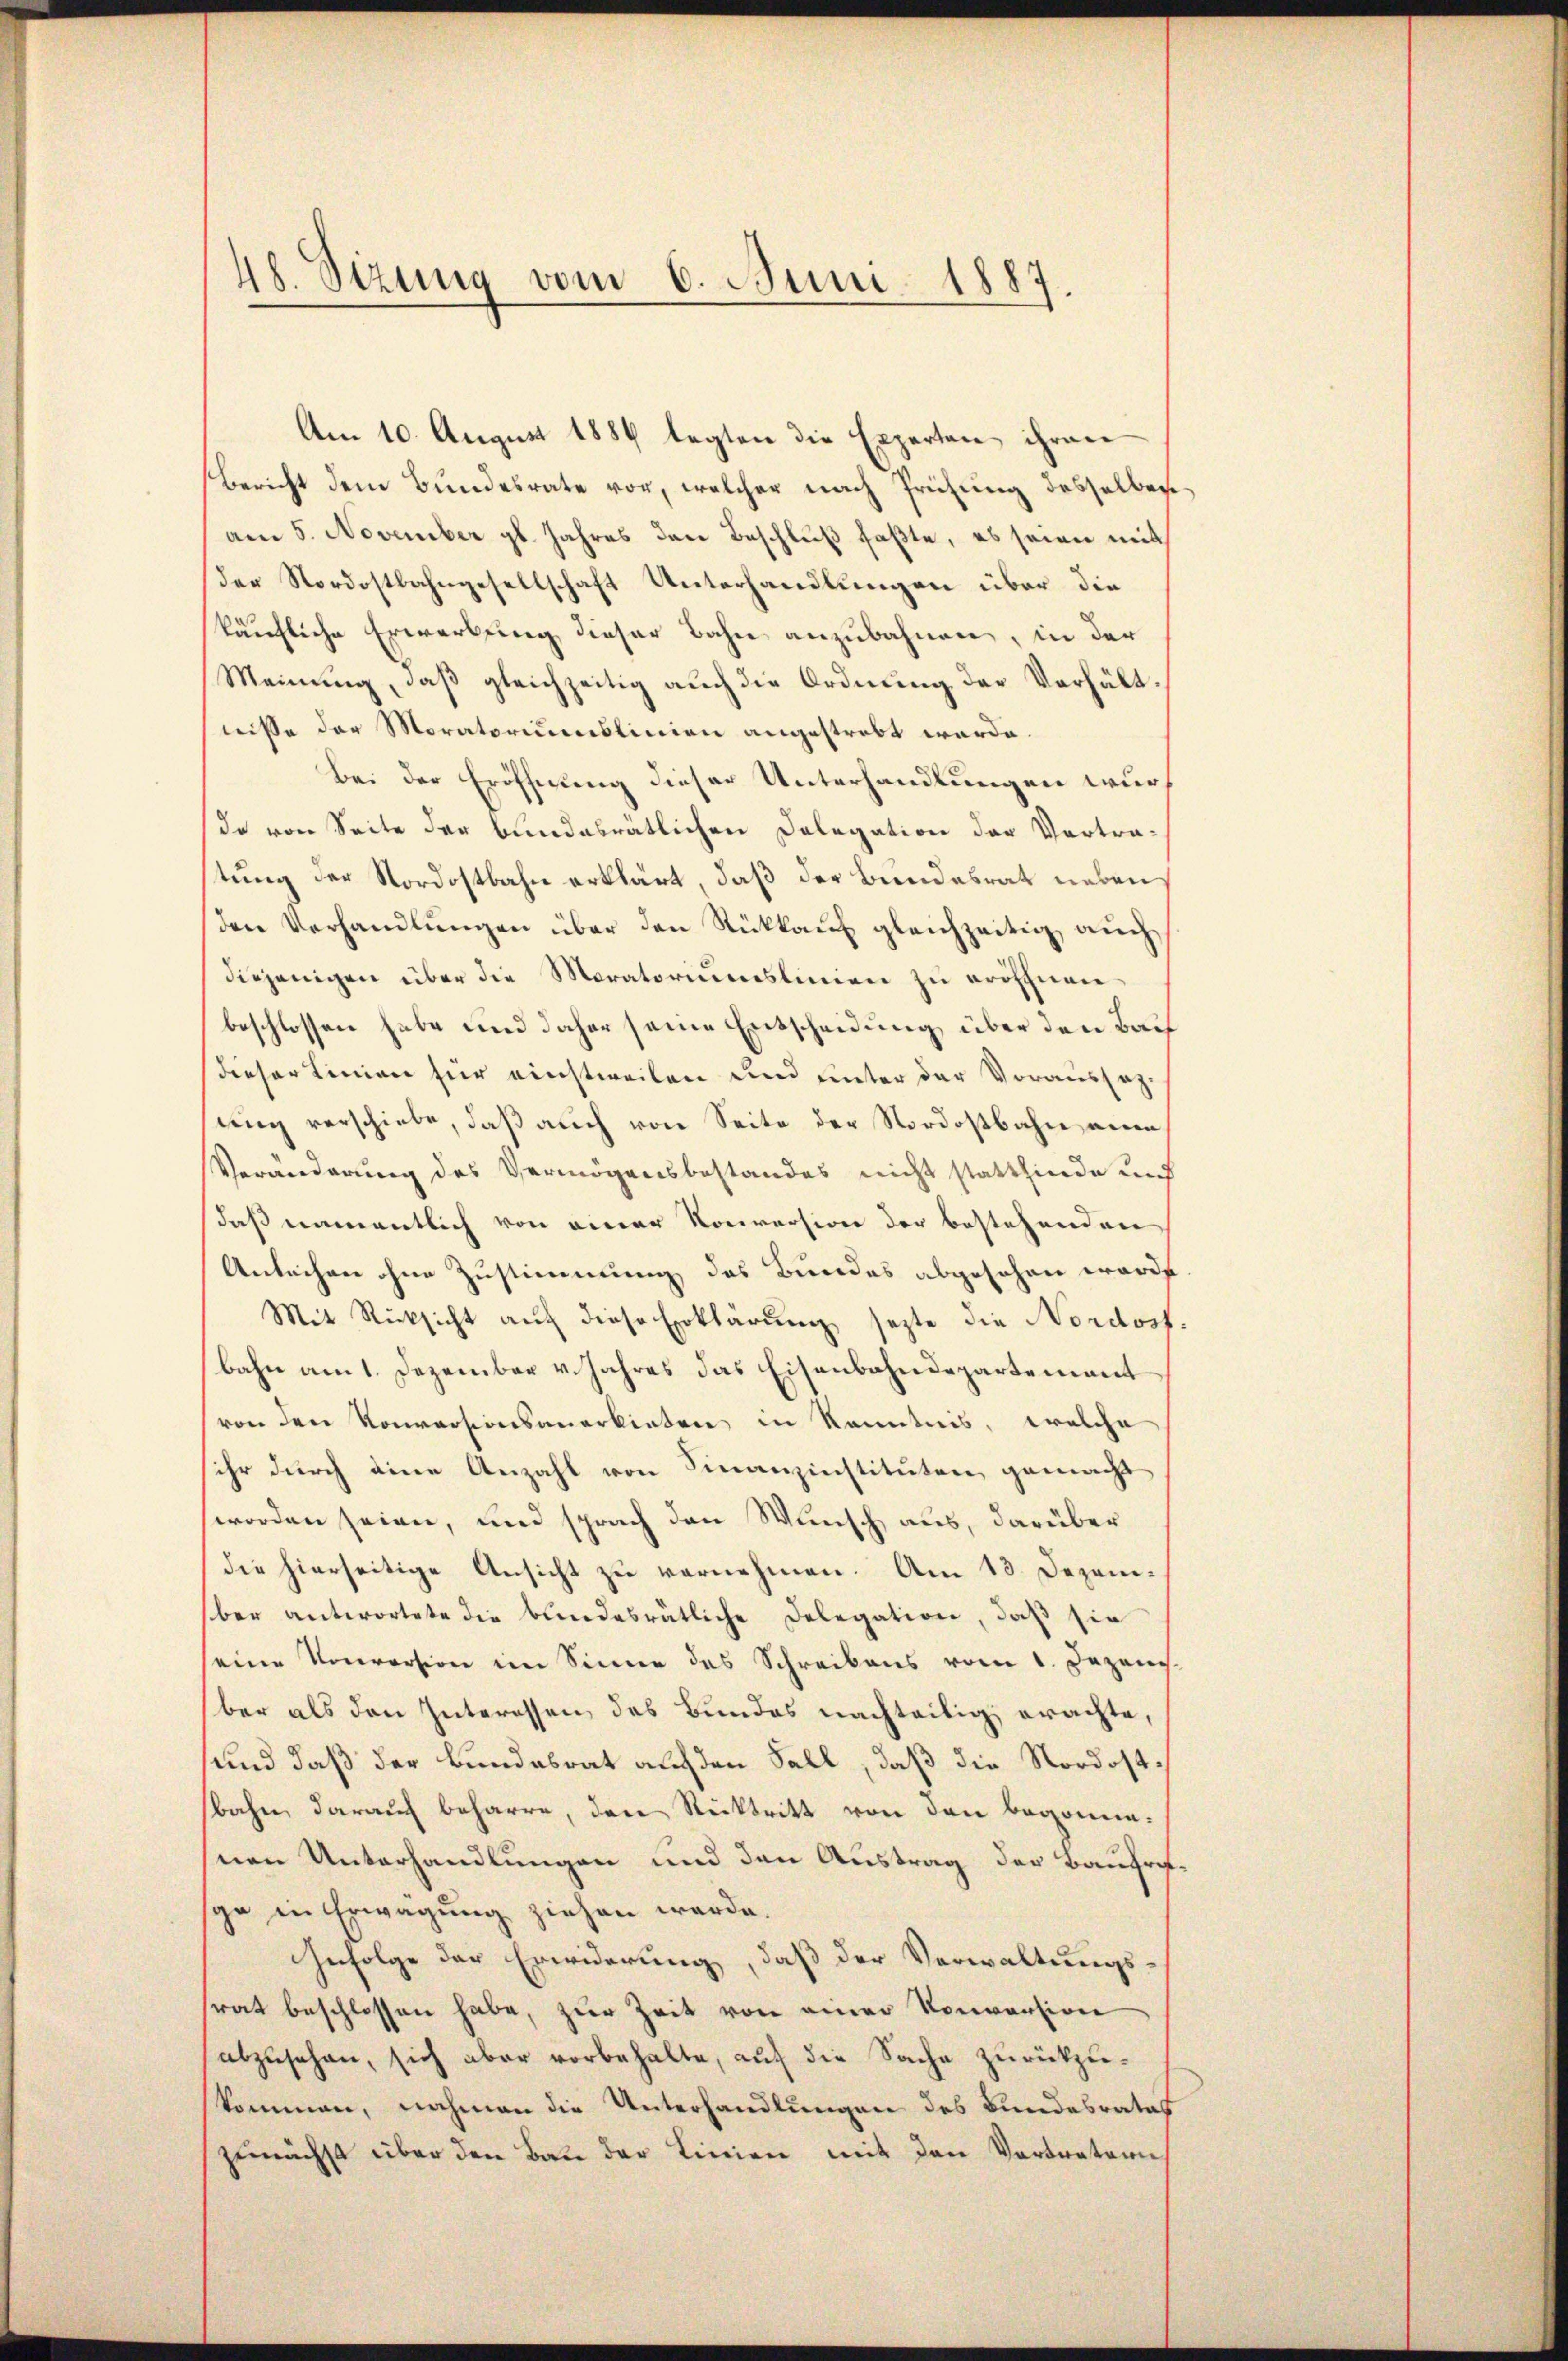
48. Sizung vom 6. Juni 1887

Am 10. August 1884 legten die Experten ihren
Bericht dem Bundesrate vor, welcher nach Prüfung desselben
am 5. November gl. Jahres den Beschluß faßte, es seien mit
der Nordostbahngesellschaft Unterhandlungen über die
käufliche Erwerbung dieser Bahn anzubahnen, in der
Meinung, daß gleichzeitig auch die Ordnung der Verhältnisse der Moratoriumslinien angestrebt werde.
Bei der Eröffnung dieser Unterhandlungen wurde von Seite der bundesrätlichen Delegation der Vortra-
tung der Nordostbahn erklärt, daß der Bundesrat neben
den Verhandlŭngen über den Rückkauf gleichzeitig, auch
diejenigen über die Moratorimeslinien zu eröffnere
beschlossen habe und daher seine Entscheidung über den Bach
dieser Linien für einstweilen und unter der Voraussagung verschiebe, daß auch von Seite der Nordostbahn eine
Veränderung des Vermögensbestandes nicht stattfinde auf
daß namentlich von einer Konversion der bestehenden
Anleihen ohne Zustimmung des Bundes abgesehen worde
Mit Rücksicht auf diese Erklärung sezte die Nordost
bahn am 1. Dezember v. Jahres das Eisenbahndepartement
von den Konversionsanerbieten in Kenntnis, welche
ihr durch eine Anzahl von Finanzinstituten, gemacht
worden seien, und sprach den Wunsch aus, darüber
die hierseitige Ansicht zu vernehmen. Am 13. Dezember antwortete die bundesrätliche Delegation, daß sie
eine Konversion im Sinne des Schreibens vom 1. Dezens.
ber als den Interessen des Bundes nachteilig erachte,
und daß der Bundesrat auf den Fall, daß die Nordostbahn darauf beharre, den Rücktritt von den begonnesnen Unterhandlungen und den Austrag der Baufre
syn in Erwägung ziehen werde.
Infolge der Erwiderung, daß der Verwaltungs-
srat beschlossen habe, zŭr Zeit von einer Konversion
abzusehen, sich aber vorbehalte, auf die Sache zurückzukommen, nahmen die Unterhandlungen des Bundesrates
zunächst über den Bau der Linien mit den Vertretern